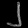
Digit: ၂